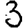
Digit: 3